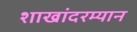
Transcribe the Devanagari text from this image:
शाखांदरम्यान